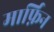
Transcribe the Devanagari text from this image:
मार्फ़िन